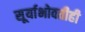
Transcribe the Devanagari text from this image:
सूर्याभोवतीही